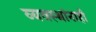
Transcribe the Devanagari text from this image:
व्यवस्थांनाही